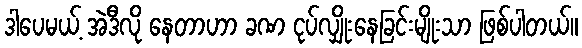
ဒါပေမယ့် အဲဒီလို နေတာဟာ ခဏ ငုပ်လျှိုးနေခြင်းမျိုးသာ ဖြစ်ပါတယ်။